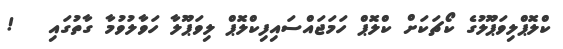
ކްލޮޕްލިވަޕޫލުގެ ކޯޗަކަށް ކްލޮޕް ހަމަޖައްސައިފިކްލޮޕް ލިވަޕޫލާ ހަވާލުވުމާ ގާތުގައި   !